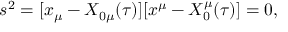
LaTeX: s ^ { 2 } = [ x _ { \mu } - X _ { 0 \mu } ( \tau ) ] [ x ^ { \mu } - X _ { 0 } ^ { \mu } ( \tau ) ] = 0 ,